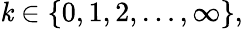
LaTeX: \mathit{k}\in\{ 0,1,2,\ldots,\infty\} ,